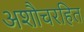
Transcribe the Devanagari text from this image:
अशौचरहित